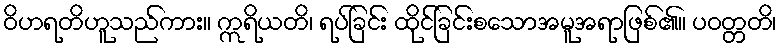
ဝိဟရတိဟူသည်ကား။ ဣရိယတိ၊ ရပ်ခြင်း ထိုင်ခြင်းစသောအမူအရာဖြစ်၏။ ပဝတ္တတိ၊